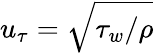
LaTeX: u_{\tau}=\sqrt{\tau_{w}/\rho}